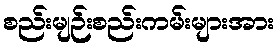
စည်းမျဉ်းစည်းကမ်းများအား